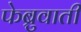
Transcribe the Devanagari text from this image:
फेब्रुवाती